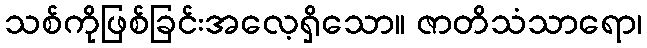
သစ်ကိုဖြစ်ခြင်းအလေ့ရှိသော။ ဇာတိသံသာရော၊